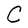
Character: C